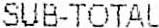
SUB-TOTAL